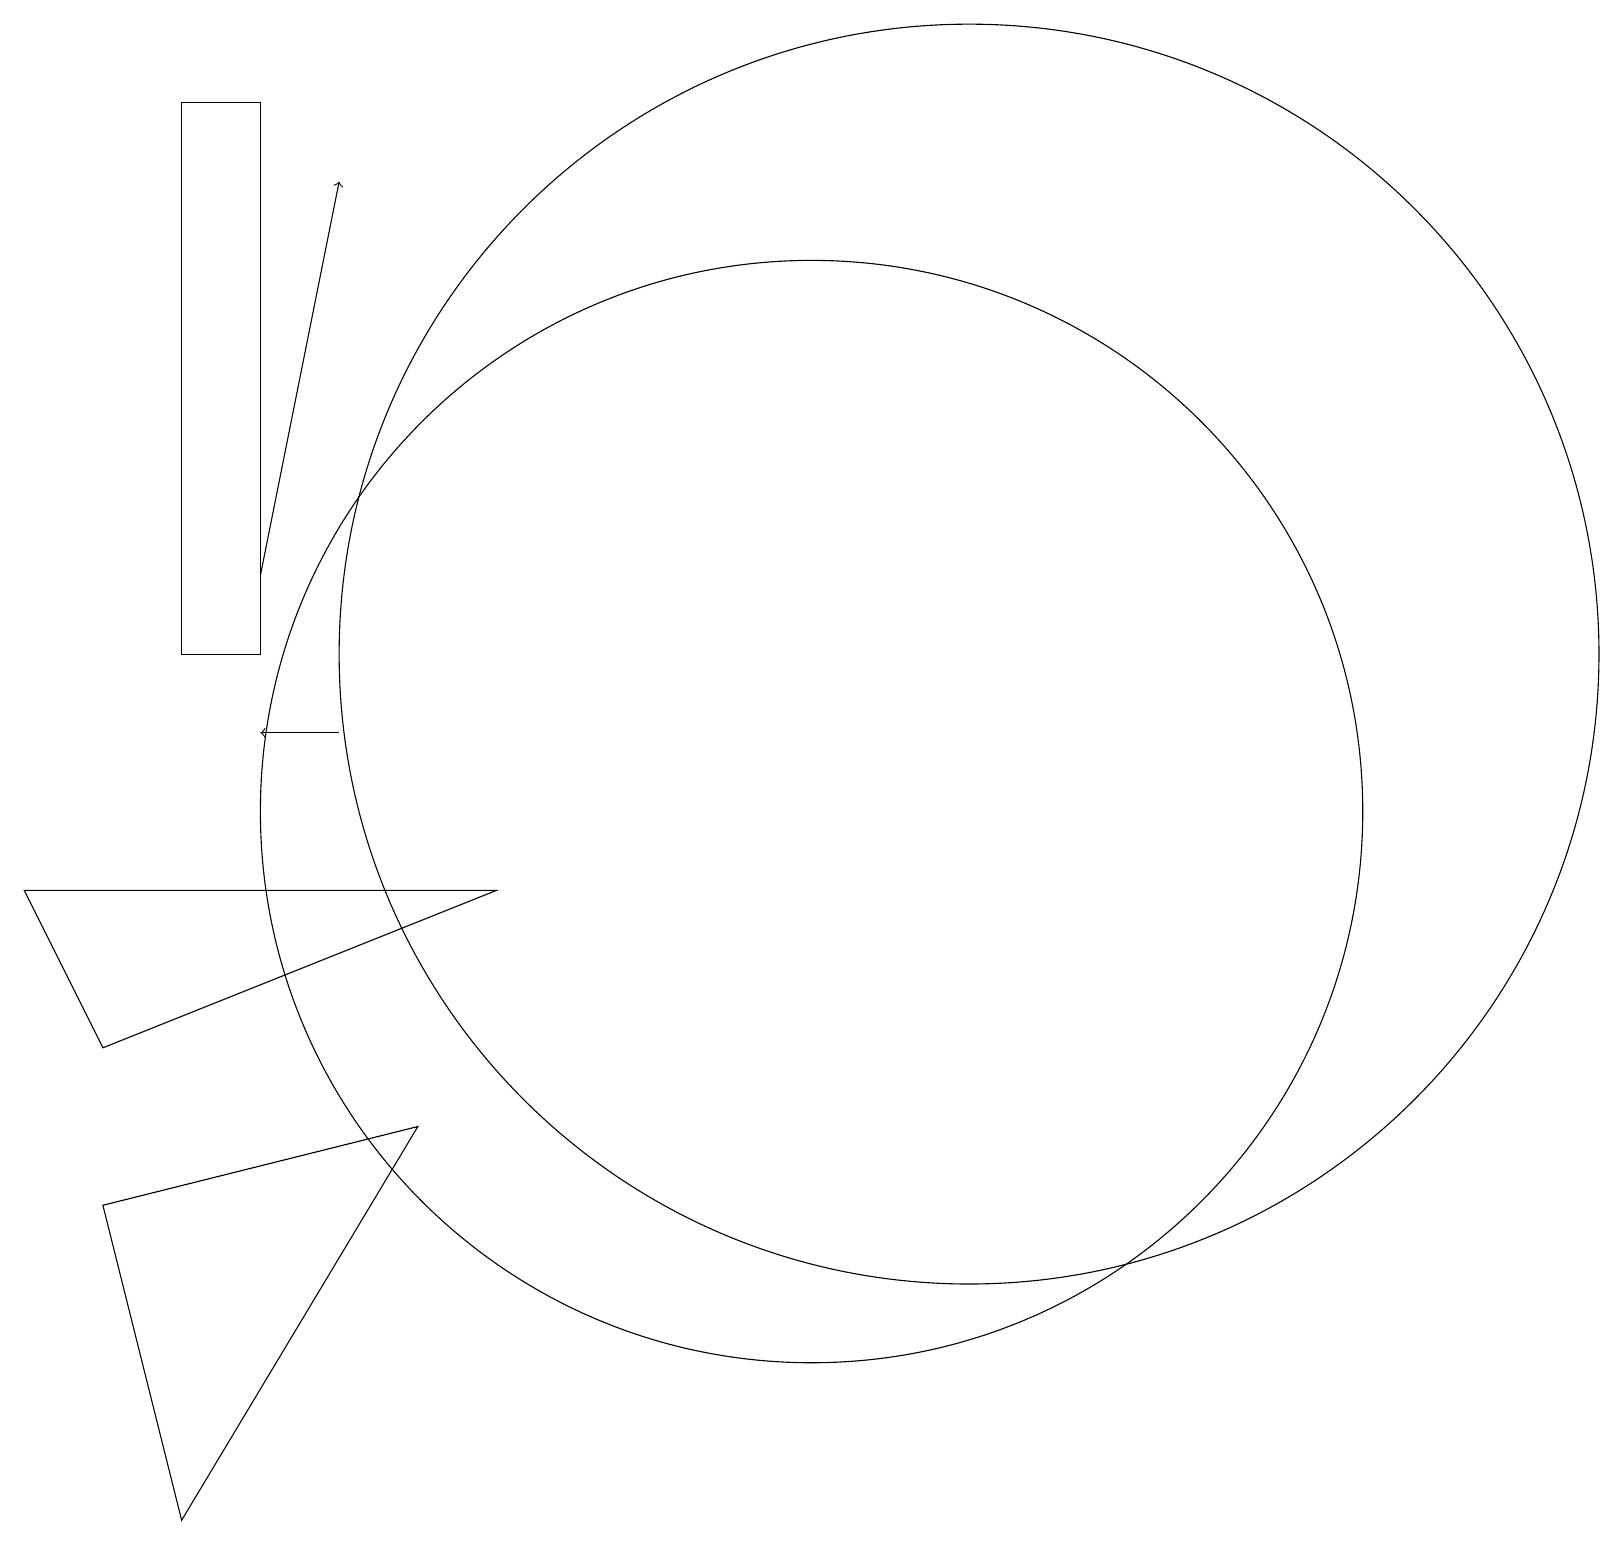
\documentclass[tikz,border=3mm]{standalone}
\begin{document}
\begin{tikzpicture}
\draw (6,9) -- (0,9) -- (1,7) -- cycle;
\draw (2,12) rectangle (3,19);
\draw (12,12) circle (8);
\draw (10,10) circle (7);
\draw (2,1) -- (1,5) -- (5,6) -- cycle;
\draw[->] (3,13) -- (4,18);
\draw[->] (4,11) -- (3,11);
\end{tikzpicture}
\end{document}